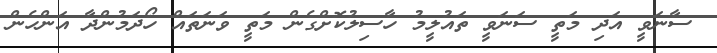
ސާނަވީ އަދި މަތީ ސަނަވީ ތައުލީމު ހާސިލުކޮށްގެން މަތީ ވަނަތައް ހޯދަމުންދާ އަންހެން